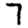
Digit: 7